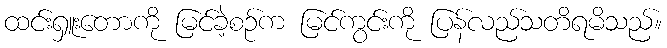
ထင်းရှူးတောကို မြင်ခဲ့စဉ်က မြင်ကွင်းကို ပြန်လည်သတိရမိသည်။